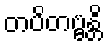
တပိတဗ္ဗန္တိ